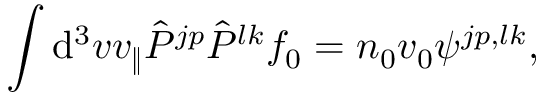
\int \mathrm { d } ^ { 3 } v v _ { \| } \hat { P } ^ { j p } \hat { P } ^ { l k } f _ { 0 } = n _ { 0 } v _ { 0 } \psi ^ { j p , l k } ,